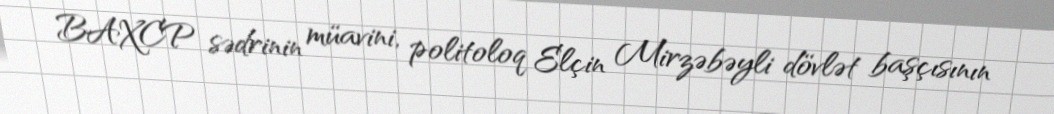
BAXCP sədrinin müavini, politoloq Elçin Mirzəbəyli dövlət başçısının